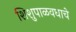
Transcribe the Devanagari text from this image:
शिशुपाळवधाचे